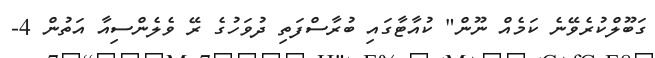
ގަބޫލްކުރެވޭނެ ކަމެއް ނޫން" ކުއާޓާގައި ބުރާސްފަތި ދުވަހުގެ ރޭ ވެލެންސިއާ އަތުން 4-